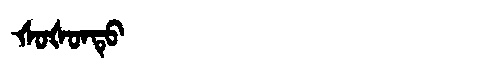
Manchu: ᡧᠣᡧᠣᠨᡨᡠ
Romanization: ŠOŠONTU